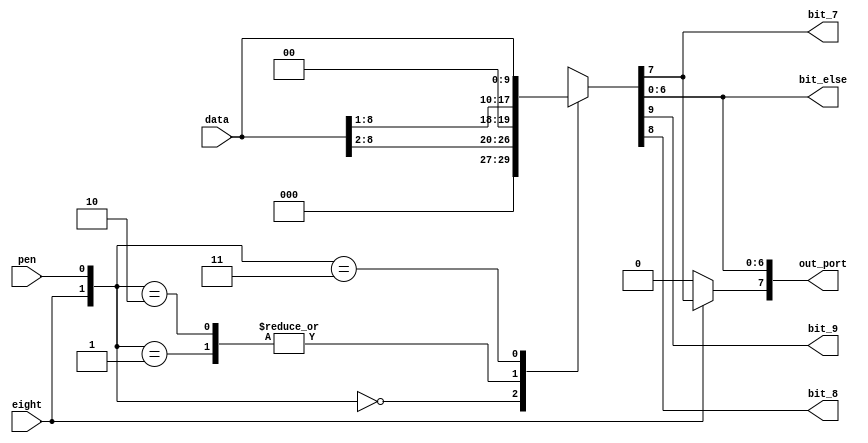
`timescale 1ns / 1ps
//////////////////////////////////////////////////////////////////////////////////
// Company: 
// Engineer: 
// 
// Design Name: 
// Module Name:    remap_combo 
// Project Name: 
// Target Devices: 
// Tool versions: 
// Description: 
//
// Dependencies: 
//
// Revision: 
// Revision 0.01 - File Created
// Additional Comments: 
//
//////////////////////////////////////////////////////////////////////////////////
module remap_combo(data,eight,pen,out_port,bit_9,bit_8,bit_7,bit_else);
output bit_9,bit_8,bit_7;
output [6:0] bit_else;
reg [9:0] value;
output [7:0] out_port;
input eight,pen;
input [9:0] data;

always @ (*)
	case ({eight,pen})
		2'b00: value = {2'b0, data[8:2]};
		2'b01: value = {1'b0, data[8:1]};
		2'b10: value = {1'b0, data[8:1]};
		2'b11: value = data;
	endcase
assign out_port = {~eight ? 1'b0:value[7],value[6:0]};
assign bit_9 = value[9];
assign bit_8 = value[8];
assign bit_7 = value[7];
assign bit_else = value[6:0];
endmodule